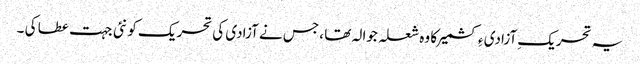
یہ تحریکِ آزادی ءِ کشمیر کا وہ شعلہ جوالہ تھا ، جس نے آزادی کی تحریک کو نئی جہت عطا کی ۔